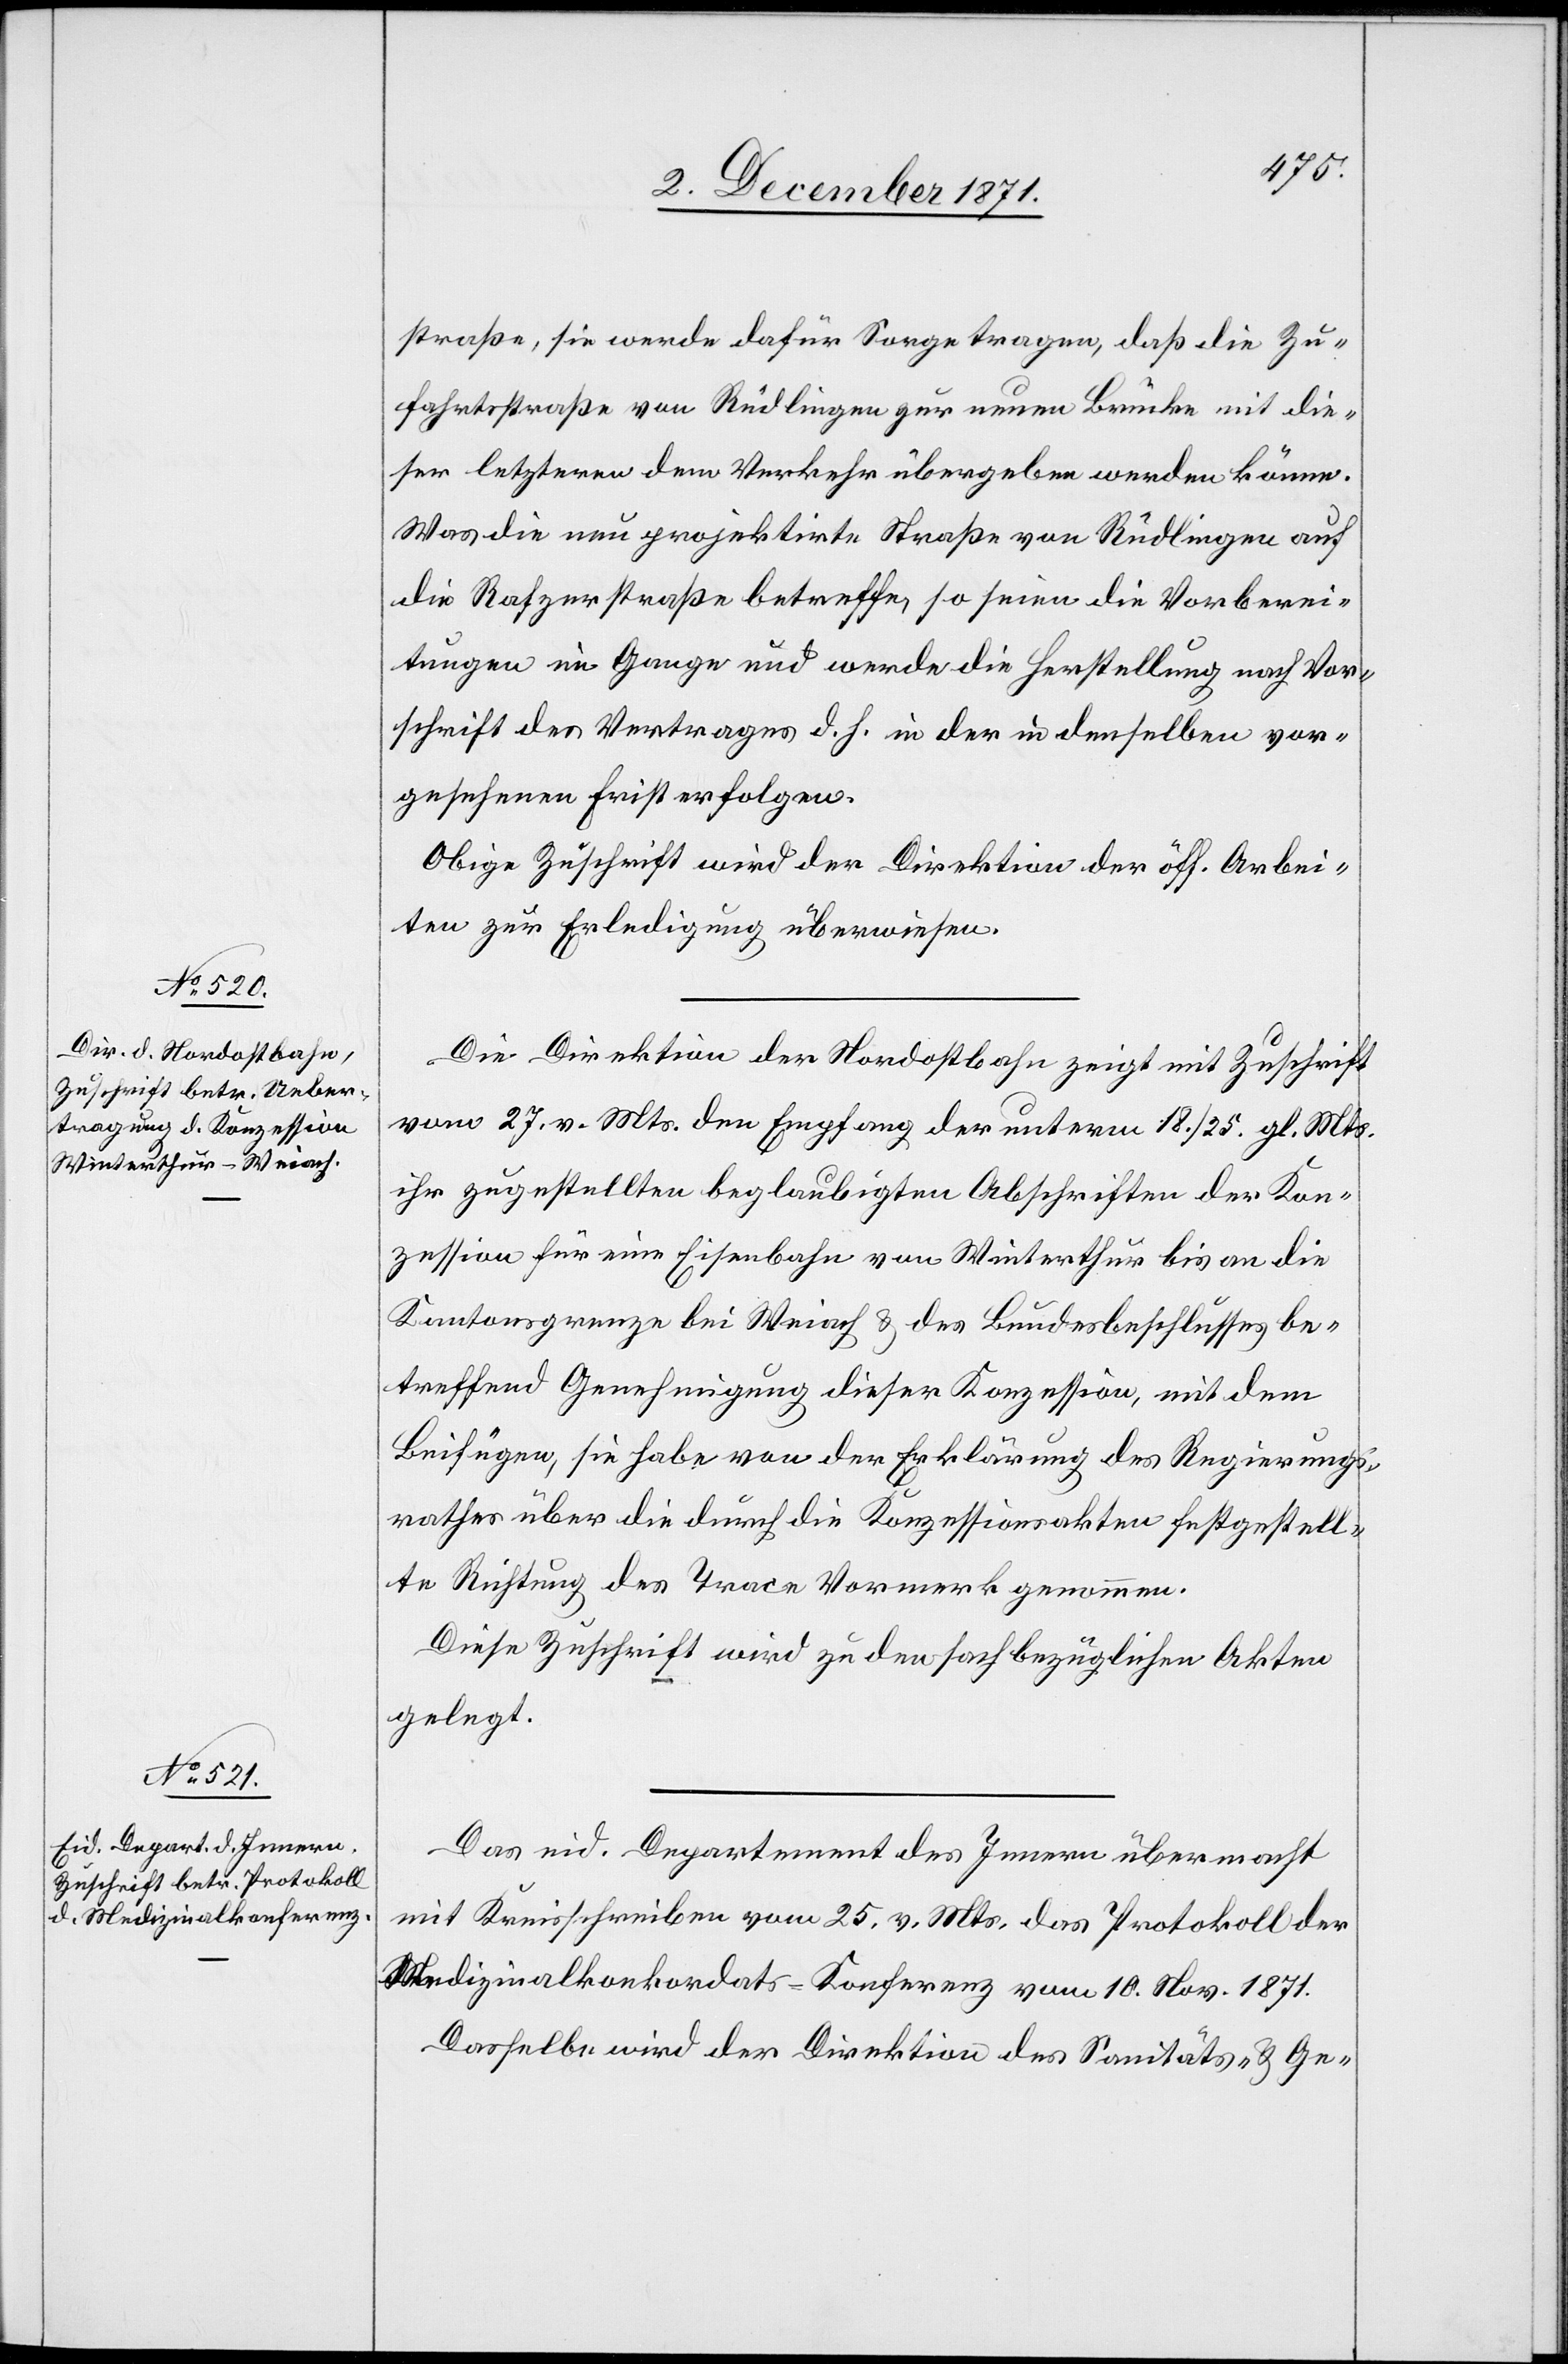
straße, sie werde dafür Sorge tragen, daß die Zu¬
fahrtsstraße von Rüdlingen zur neuen Brücke mit die¬
ser letztern dem Verkehr übergeben werden könne.
Was die neu projektirte Straße von Rüdlingen auf
die Rafzerstraße betreffe, so seien die Vorberei¬
tungen im Gange und werde die Herstellung nach Vor¬
schrift des Vertrages d. h. in der in demselben vor¬
gesehenen Frist erfolgen.
Obige Zuschrift wird der Direktion der öff. Arbei¬
ten zur Erledigung überwiesen.
Die Direktion der Nordostbahn zeigt mit Zuschrift
vom 27. v. Mts. den Empfang der unterm 18. / 25. gl. Mts.
ihr zugestellten beglaubigten Abschriften der Kon¬
zession für eine Eisenbahn von Winterthur bis an die
Kantonsgrenze bei Weiach & des Bundesbeschlusses be¬
treffend Genehmigung dieser Konzession [an], mit dem
Beifügen, sie habe von der Erklärung des Regierungs¬
rathes über die durch die Konzessionsakten festgestell¬
te Richtung des Trace Vormerk genommen.
Diese Zuschrift wird zu den sachbezüglichen Akten
gelegt.
Das eid. Departement des Innern übermacht
mit Kreisschreiben vom 25. v. Mts. das Protokoll der
Medizinalkonkordats-Konferenz vom 10. Nov. 1871.
Dasselbe wird der Direktion des Sanitäts- & Ge-